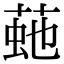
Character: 𦴍